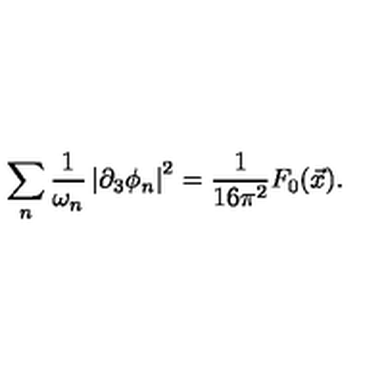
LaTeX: \sum _ { n } \frac { 1 } { \omega _ { n } } \left| \partial _ { 3 } \phi _ { n } \right| ^ { 2 } = \frac { 1 } { 1 6 \pi ^ { 2 } } F _ { 0 } ( \vec { x } ) .